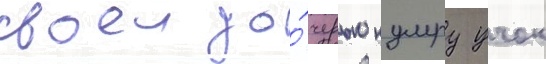
своеи до́черью кумру учок